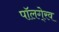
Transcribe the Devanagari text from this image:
पॉलगे्रव